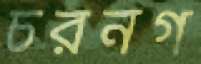
চরনগ